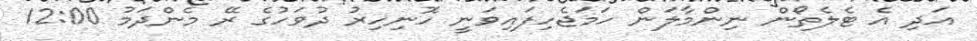
އަދި އެ ޓެލެތޯން ނިންމާލަން ހަމަޖެހިފައިވަނީ ހޮނިހިރު ދުވަހުގެ ރޭ މެންދަމު 12:00